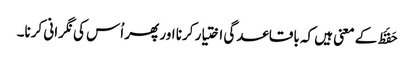
حَفَظَ کے معنی ہیں کہ باقاعدگی اختیار کرنا اور پھر اُس کی نگرانی کرنا۔